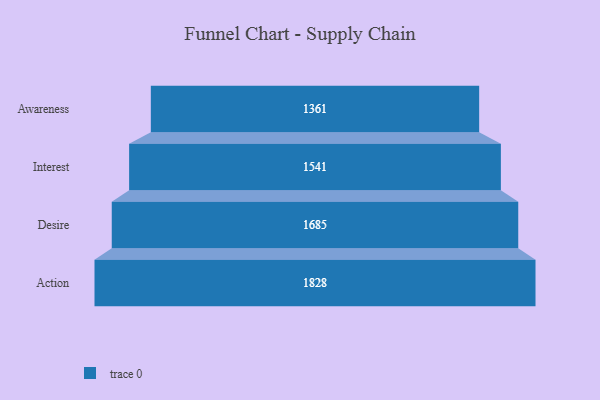
{"axis": {"x": "Stage", "y": "Value"}, "legend": [""], "data": [{"x": "Awareness", "y": 1361.0, "type": ""}, {"x": "Interest", "y": 1541.0, "type": ""}, {"x": "Desire", "y": 1685.0, "type": ""}, {"x": "Action", "y": 1828.0, "type": ""}]}